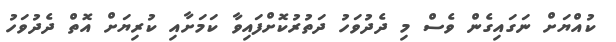
ކުއްޔަށް ނަގައިގެން ވެސް މި ދެދުވަހު ދަތުރުކޮށްފައިވާ ކަމަށާއި ކުރިޔަށް އޮތް ދެދުވަހު